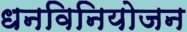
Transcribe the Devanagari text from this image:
धनविनियोजन